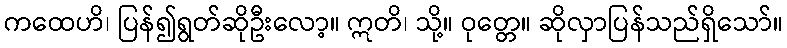
ကထေဟိ၊ ပြန်၍ရွတ်ဆိုဦးလော့။ ဣတိ၊ သို့။ ဝုတ္တေ။ ဆိုလှာပြန်သည်ရှိသော်။